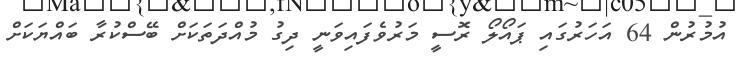
އުމުރުން 64 އަހަރުގައި ޕައޯލޯ ރޮސީ މަރުވެފައިވަނީ ދިގު މުއްދަތަަކަށް ބޭސްކުރާ ބައްޔަކަށް